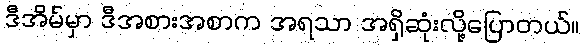
ဒီအိမ်မှာ ဒီအစားအစာက အရသာ အရှိဆုံးလို့ပြောတယ်။